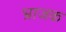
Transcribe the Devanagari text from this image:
भ्राजक